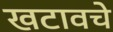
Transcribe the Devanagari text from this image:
खटावचे